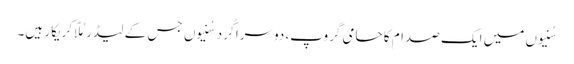
سُنیوں میں ایک صدام کا حامی گروپ، دوسرا کُرد سُنیوں جس کے لیڈرمُلّا کریکار ہیں۔